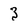
Character: 3